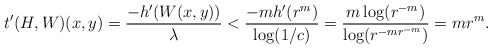
\begin{align*} t'(H, W)(x,y) = \frac{- h'(W(x,y))}{\lambda} < \frac{- m h'(r^m)}{\log(1/c)} = \frac{m \log(r^{-m})}{\log (r^{-mr^{-m}})} = mr^{m}. \end{align*}